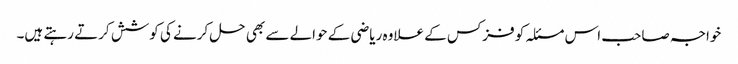
خواجہ صاحب اس مسئلہ کو فزکس کے علاوہ ریاضی کے حوالے سے بھی حل کرنے کی کوشش کرتے رہتے ہیں۔